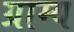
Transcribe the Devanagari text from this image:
ग्राम्‍य